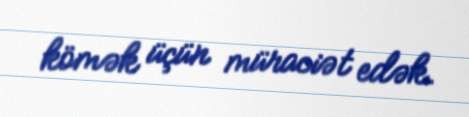
kömək üçün müraciət edək.